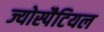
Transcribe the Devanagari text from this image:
ज्योस्पैटियल